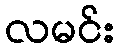
လမင်း